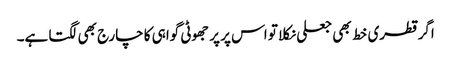
اگر قطری خط بھی جعلی نکلا تو اس پر پر جھوٹی گواہی کا چارج بھی لگتا ہے۔